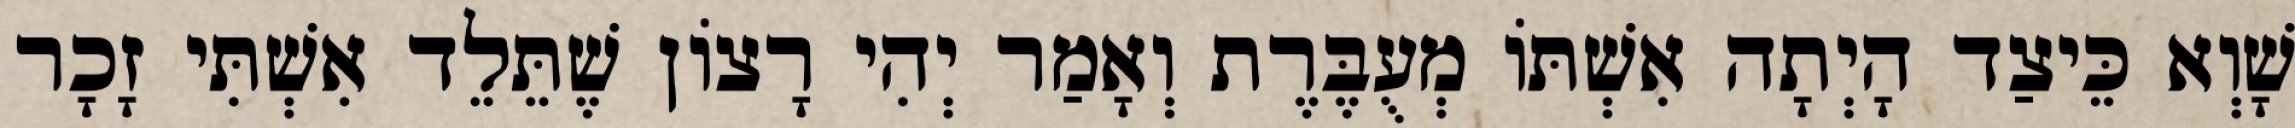
שָׁוְא כֵּיצַד הָיְתָה אִשְׁתּוֹ מְעֻבֶּרֶת וְאָמַר יְהִי רָצוֹן שֶׁתֵּלֵד אִשְׁתִּי זָכָר